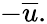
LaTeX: -{\overline{{u}}}.